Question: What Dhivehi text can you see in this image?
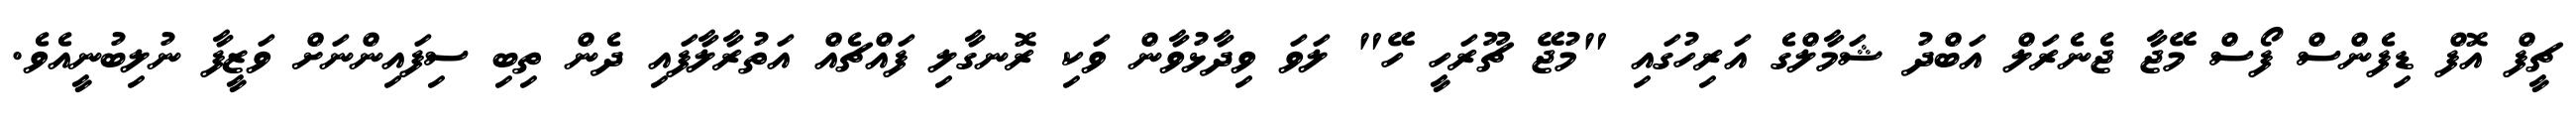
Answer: ޗީފް އޮފް ޑިފެންސް ފޯސް މޭޖާ ޖެނެރަލް އަބްދު ޝަމާލްގެ އަރިހުގައި "މުޖޭ ޗޫރަހީ ހޭ" ލަވަ ވިދާޅުވާން ވަކި ރޮނގާލި ފައްޗެއް އަތުރާލާފައި ދެން ތިބި ސިފައިންނަށް ވަޒީފާ ނުލިބުނީއެވެ.